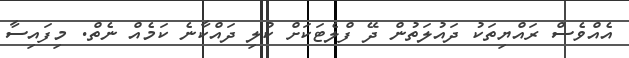
އެއްވެސް ރައްޔިތަކު ދައުލަތުން ދޭ ފްލެޓަކަށް ކުލި ދައްކާނެ ކަމެއް ނެތް. މިފައިސާ